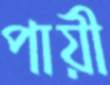
পায়ী